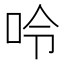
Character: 呤